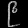
Digit: ၉